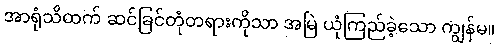
အာရုံသိထက် ဆင်ခြင်တုံတရားကိုသာ အမြဲ ယုံကြည်ခဲ့သော ကျွန်မ။